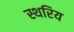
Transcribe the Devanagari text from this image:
स्थरिय